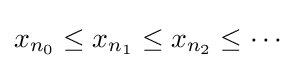
x_{n_{0}}\leq x_{n_{1}}\leq x_{n_{2}}\leq \cdots